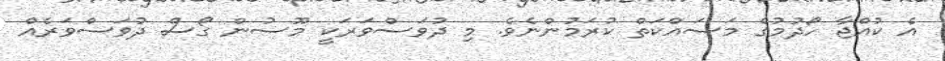
އެ ކުއްޖާ ހޯދުމުގެ މަސައްކަތް ކުރަމުންނެވެ. މި ދުވަސްވަރަކީ މޫސުން ގޯސް ދުވަސްވަރެއް